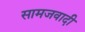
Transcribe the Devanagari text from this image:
सामजवादी